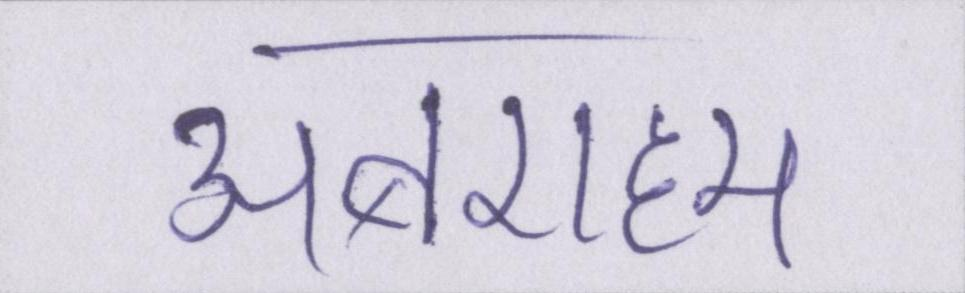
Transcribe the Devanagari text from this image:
अबराहम